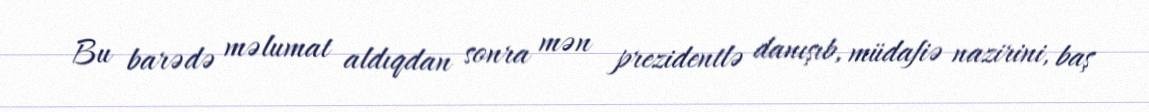
Bu barədə məlumat aldıqdan sonra mən prezidentlə danışıb, müdafiə nazirini, baş